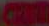
Carm